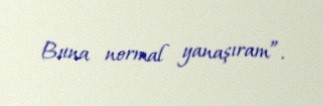
Buna normal yanaşıram”.